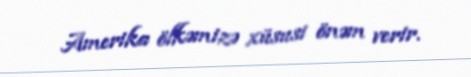
Amerika ölkəmizə xüsusi önəm verir.